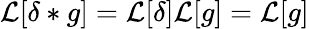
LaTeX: \mathcal{L}[\delta*g]=\mathcal{L}[\delta]\mathcal{L}[g]=\mathcal{L}[g]